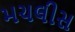
મચલીસ